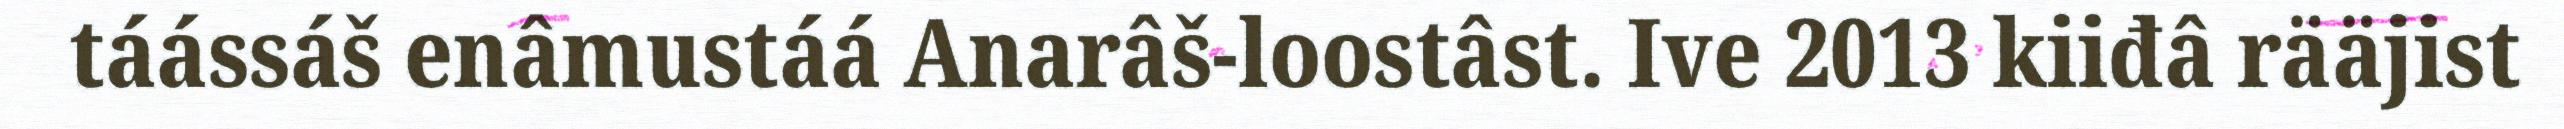
táássáš enâmustáá Anarâš-loostâst. Ive 2013 kiiđâ rääjist